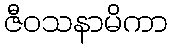
ဇီဝသနာမိကာ